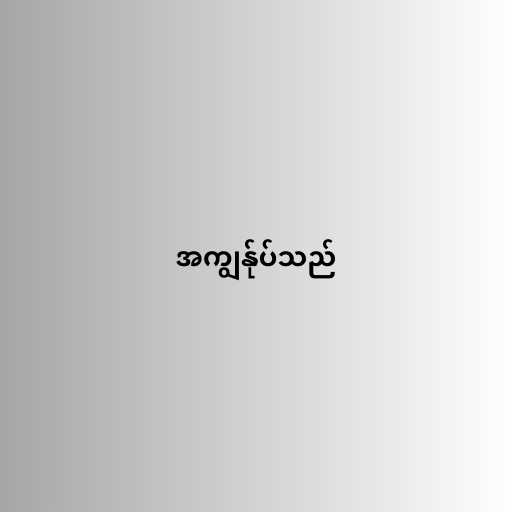
အကျွန်ုပ်သည်